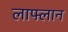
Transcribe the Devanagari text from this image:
लाफ्लान